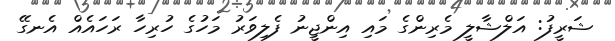
ޝަރީފު: އަލްޝާލީ މެެރިންގެ މައި އިންޖީނު ފެލިވަރު މަހުގެ ހުރިހާ ރަހައެއް އެނގޭ